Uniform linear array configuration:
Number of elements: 8
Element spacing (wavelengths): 0.25
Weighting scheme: hann
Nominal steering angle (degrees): -60
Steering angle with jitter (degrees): -58.018
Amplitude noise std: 0.05
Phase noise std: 0.05

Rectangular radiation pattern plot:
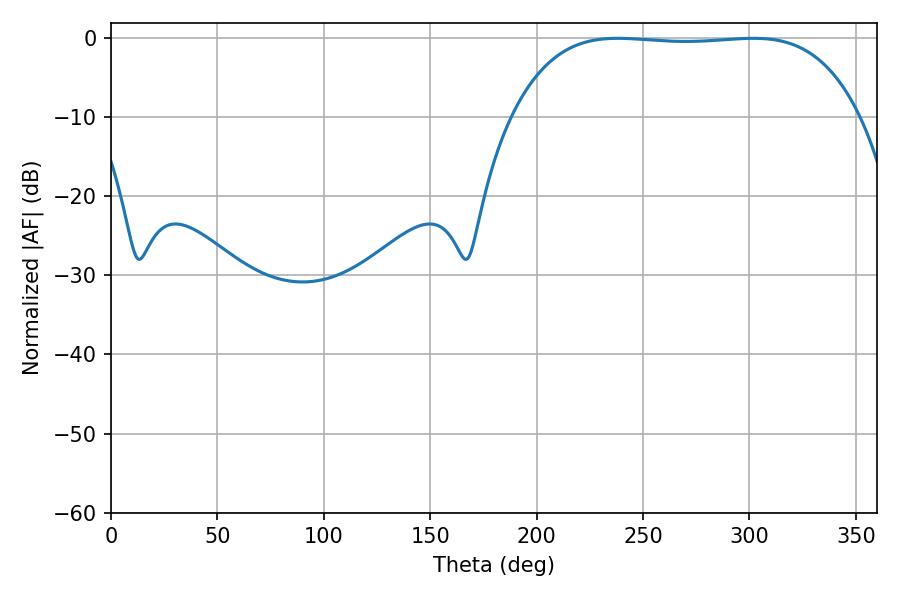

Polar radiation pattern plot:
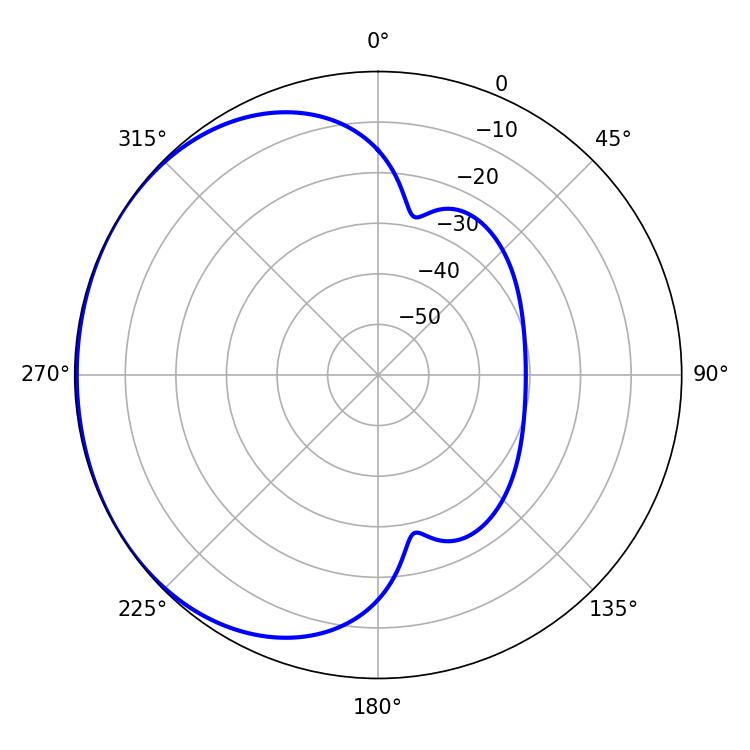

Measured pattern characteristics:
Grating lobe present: FALSE
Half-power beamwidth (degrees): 127.8
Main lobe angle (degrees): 301.86